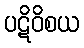
ပဋိဝိစယ